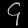
Digit: ၄